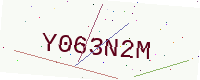
Text: Y063N2M